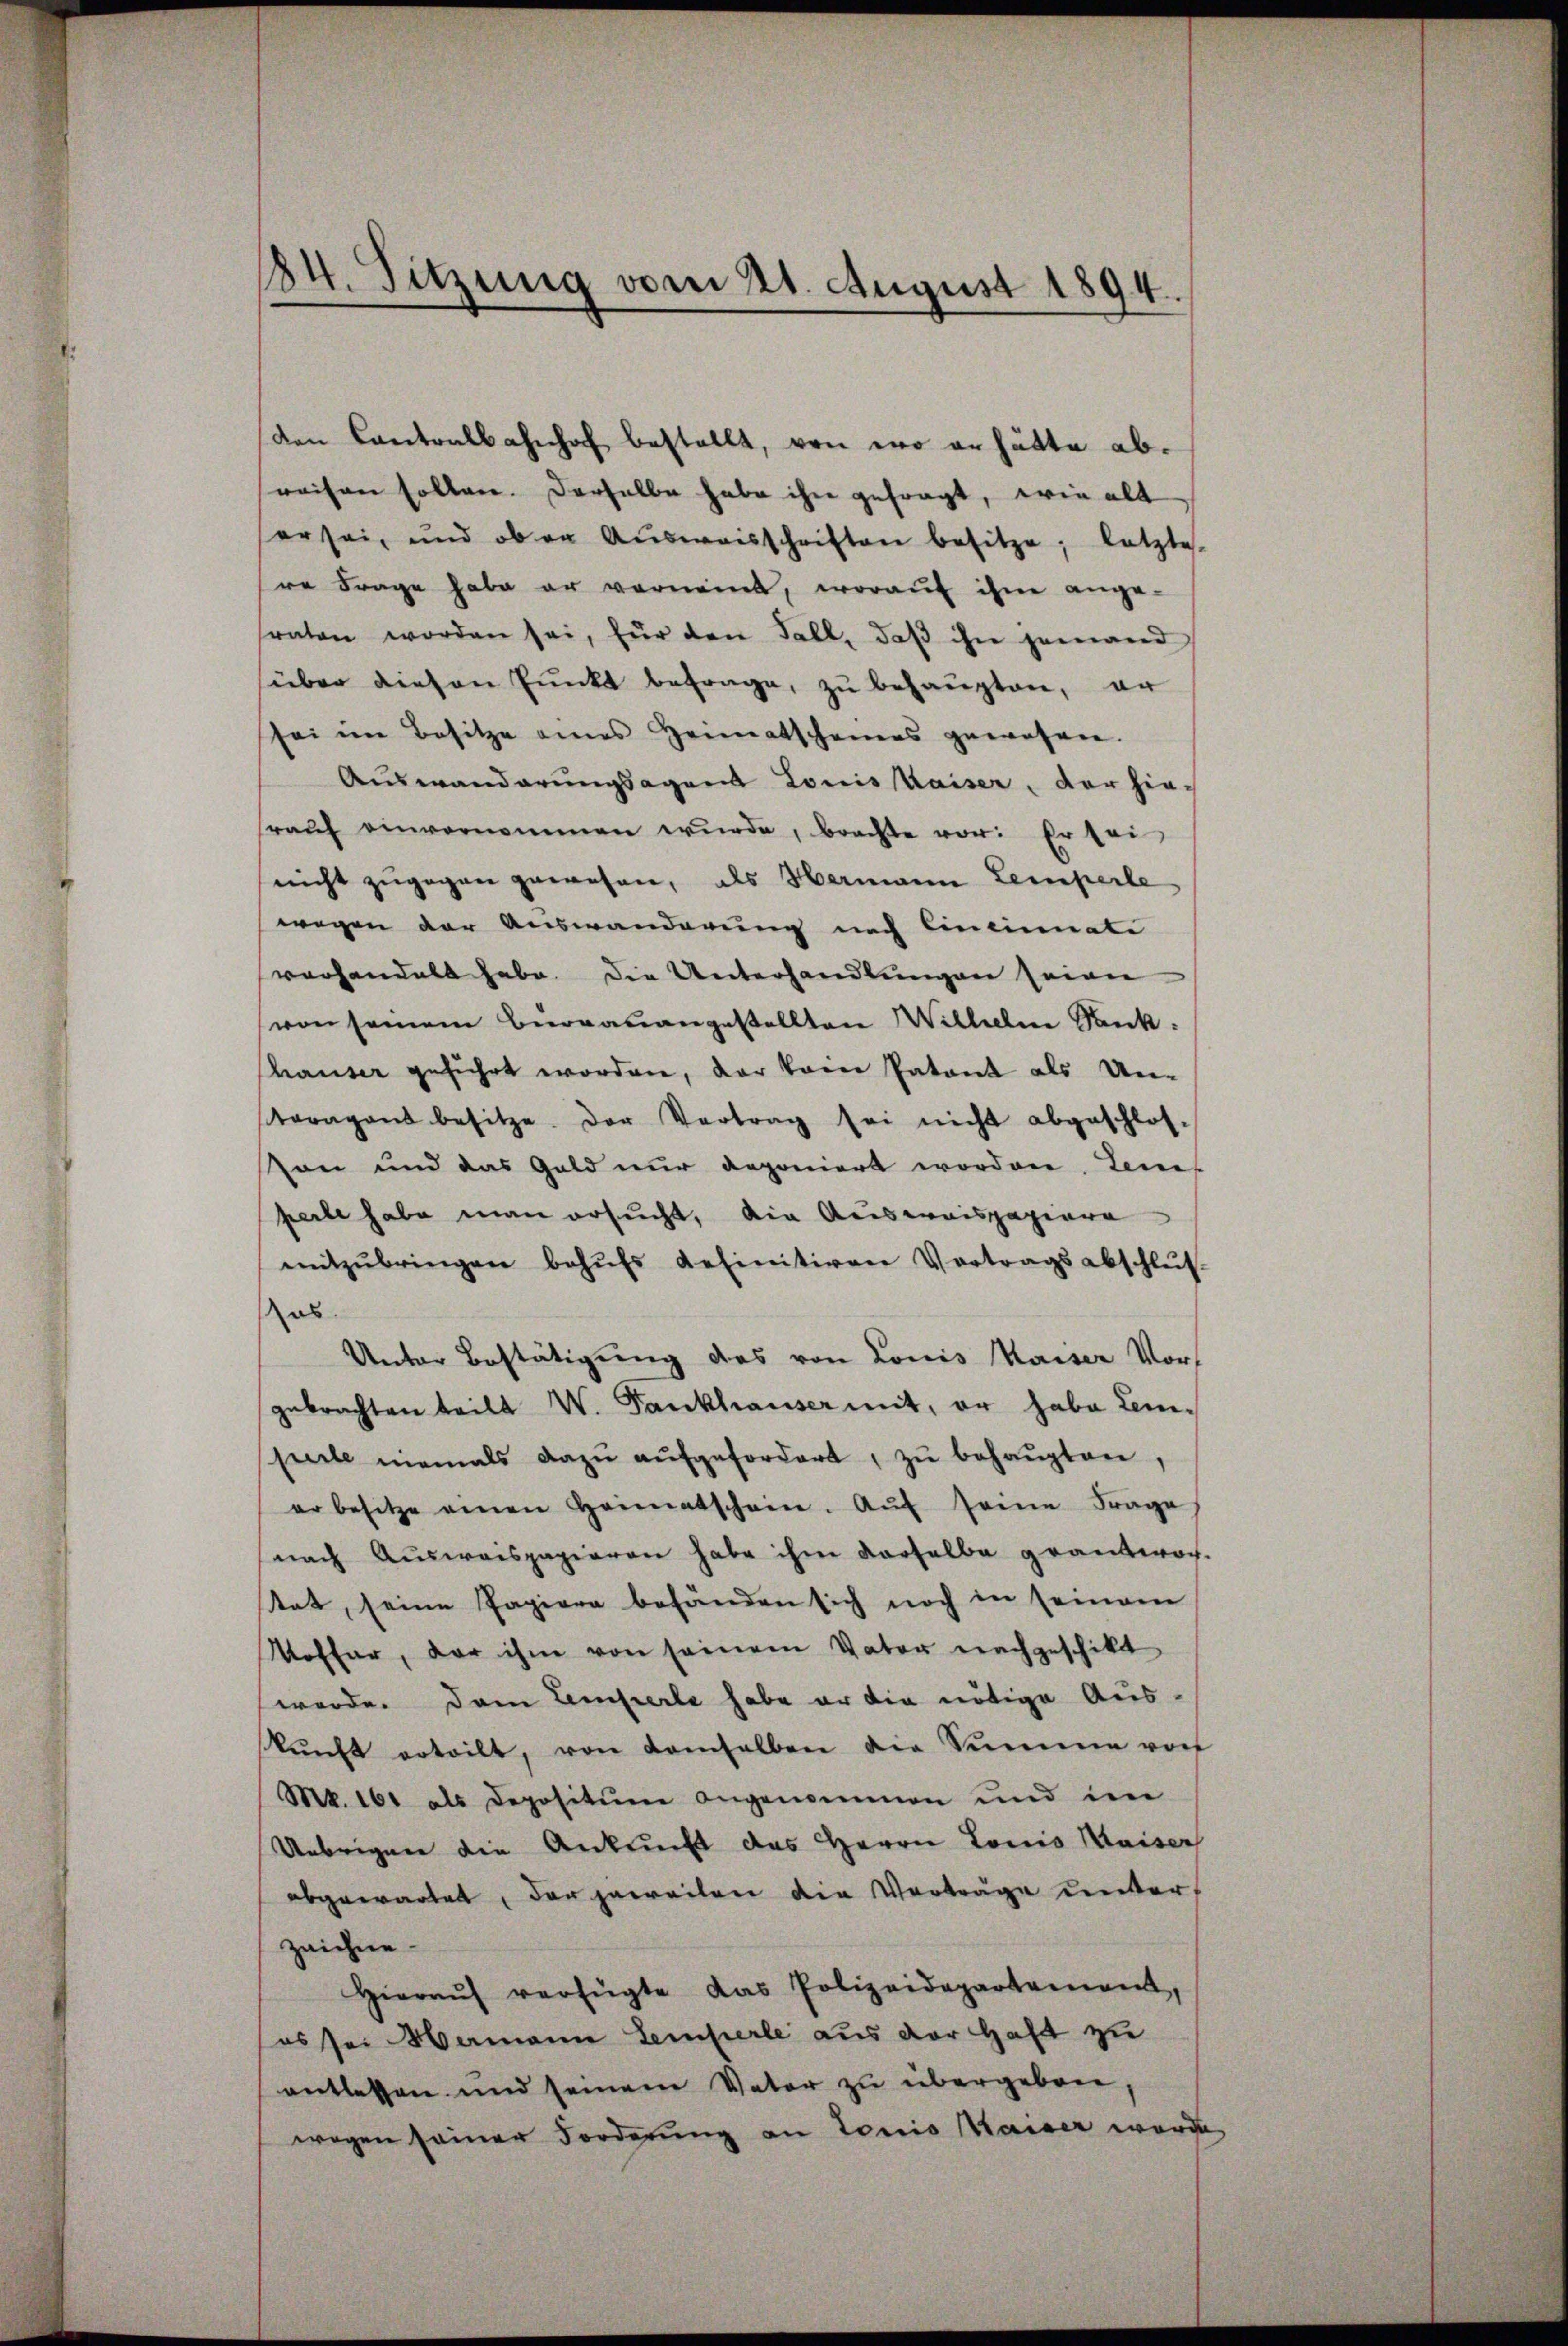
184. Sitzung vom 221. August 1894.

den Cantralbahnhof bestellt, von wo er hätte abweisen sollen. Derselbe habe ihn gefragt, wie alt
er sei, und ober Aŭsweisschriften besitze, letzte
re Frage habe er vornennt, worauf ihm ange-
fraten worden sei, für den Fall, daβ ihn jemand
über diesen Pŭnkt befrage, zu behaupten, er
sei im Besitze eines Heimatscheines gewohnen.
Auswanderungsagend Louis Kaiser, der hiesrauf einvernommen wurde, brachte vor: Er sei
nicht zugegen gewesen, als Hermann Lemperle
wegen der Auswanderung nach Eineinnati
vorhandelt habe. Die Unterhandlungen seien
von seinem Bernanangestellten Wilhelm Sank
hauser geführt worden, der freie Patent als Un-
toragant besitze. Der Vertrag sei nicht abgeschlos-
son und das Geld nur deponiert worden, Leue
perte habe man ersucht, die Auseraispapiere
mitzŭbringen behŭfs definitiven Vertragsabschlŭs
as
Unter Bestätigung des von Louis Maiser Vorgebrachten teilt W. Fankhauser mit, er habe Lem-
perte niemals dazŭ aŭfgefordert, zŭ behaŭpten,
er besitze einen Heimatschein. Aŭf seine Frage
nach Ausweispapieren habe ihm darselbe geantwor-
tet, seine Papiere befänden sich noch in seinem
Moffer, der ihm von seinem Vater nachgeschikt
werde. Dem Temperle habe er die nötige Aus-
kŭnft erteilt, von demselben die Summe vor
Mk. 161 als Depositum angenommen und im
Uebrigen die Ankunft das Herrn Louis Waiser
abgewartet, der jeweilen die Vorträge unterzeichne
Hieraŭf verfügte das Polizeidepartement,
es sei Hamann temperle aus der Haft zu
entlassen und seinem Vater zu übergeben,
wegen seiner Forderung an Louis Kaiser werde